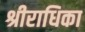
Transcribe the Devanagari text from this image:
श्रीराधिका